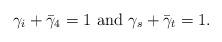
LaTeX: \begin{align*}\gamma_i+\bar{\gamma}_4=1 \,\, {\rm and }\,\, \gamma_s +\bar{\gamma}_t =1.\end{align*}